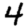
Digit: 4